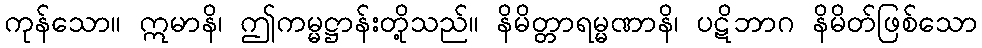
ကုန်သော။ ဣမာနိ၊ ဤကမ္မဋ္ဌာန်းတို့သည်။ နိမိတ္တာရမ္မဏာနိ၊ ပဋိဘာဂ နိမိတ်ဖြစ်သော